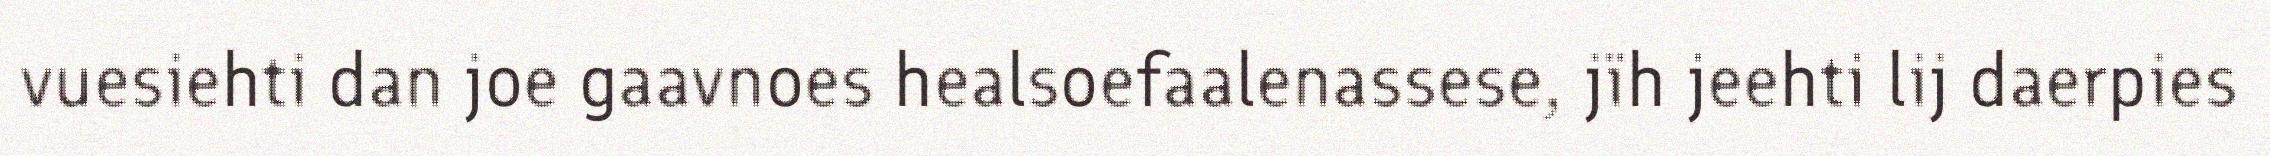
vuesiehti dan joe gaavnoes healsoefaalenassese, jïh jeehti lij daerpies